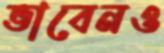
ভাবেনও